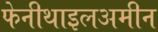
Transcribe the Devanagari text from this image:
फेनीथाइलअमीन